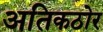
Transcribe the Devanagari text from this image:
अतिकठोर